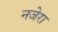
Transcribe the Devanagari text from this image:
नजेरा